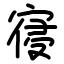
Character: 寑